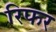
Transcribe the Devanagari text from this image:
रिफर